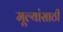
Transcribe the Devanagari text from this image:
मूल्यांसाठी